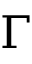
\Gamma